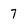
Character: 7